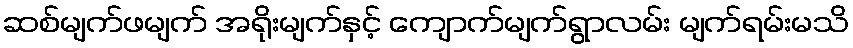
ဆစ်မျက်ဖမျက် အရိုးမျက်နှင့် ကျောက်မျက်ရွာလမ်း မျက်ရမ်းမသိ